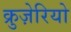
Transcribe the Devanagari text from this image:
क्रुज़ेरियो